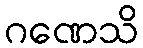
ဂဏေသိ